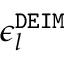
\epsilon _ { l } ^ { \tt D E I M }